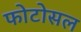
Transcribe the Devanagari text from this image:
फोटोसल